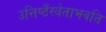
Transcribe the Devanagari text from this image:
उत्तिष्ठँस्त्रेताभवति